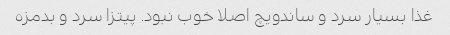
غذا بسیار سرد و ساندویچ اصلا خوب نبود. پیتزا سرد و بدمزه